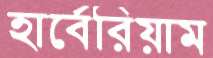
হার্বেরিয়াম